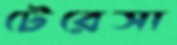
টেরেসা